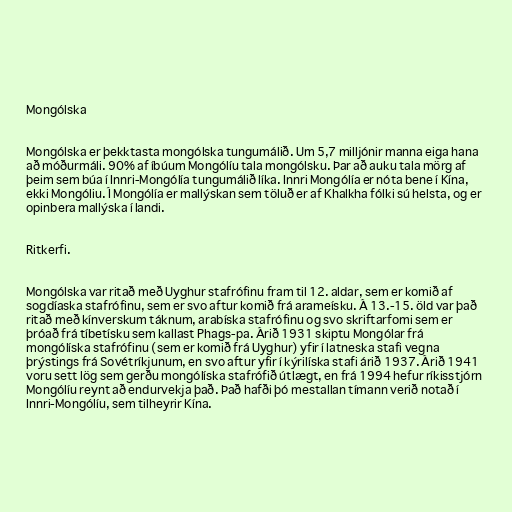
Mongólska

Mongólska er þekktasta mongólska tungumálið. Um 5,7 milljónir manna eiga hana
að móðurmáli. 90% af íbúum Mongólíu tala mongólsku. Þar að auku tala mörg af
þeim sem búa í Innri-Mongólía tungumálið líka. Innri Mongólía er nóta bene í Kína,
ekki Mongóliu. Í Mongólía er mallýskan sem töluð er af Khalkha fólki sú helsta, og er
opinbera mallýska í landi.

Ritkerfi.

Mongólska var ritað með Uyghur stafrófinu fram til 12. aldar, sem er komið af
sogdíaska stafrófinu, sem er svo aftur komið frá arameísku. Á 13.-15. öld var það
ritað með kínverskum táknum, arabíska stafrófinu og svo skriftarfomi sem er
þróað frá tíbetísku sem kallast Phags-pa. Árið 1931 skiptu Mongólar frá
mongólíska stafrófinu (sem er komið frá Uyghur) yfir í latneska stafi vegna
þrýstings frá Sovétríkjunum, en svo aftur yfir í kýrilíska stafi árið 1937. Árið 1941
voru sett lög sem gerðu mongólíska stafrófið útlægt, en frá 1994 hefur ríkisstjórn
Mongólíu reynt að endurvekja það. Það hafði þó mestallan tímann verið notað í
Innri-Mongólíu, sem tilheyrir Kína.